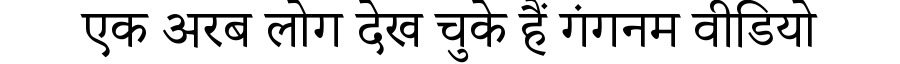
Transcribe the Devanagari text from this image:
एक अरब लोग देख चुके हैं गंगनम वीडियो